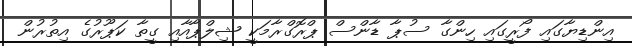
އިންޑިޔާގައި ފޯރީގައި ހިންގާ ސުޕާ ޑާންސް ޕްރޮގްރާމަކީ ޝިލްޕާއާއި ގީތާ ކަޕޫރުގެ އިތުރުން